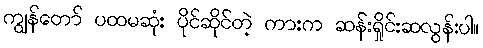
ကျွန်တော် ပထမဆုံး ပိုင်ဆိုင်တဲ့ ကားက ဆန်းရှိုင်းဆလွန်းပါ။